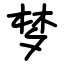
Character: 梦